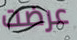
عرضت